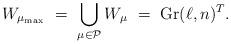
LaTeX: \begin{align*} W_{\mu_{\rm max}} \,\,=\,\, \bigcup_{\mu\in\mathcal{P}} W_{\mu}\,\,=\,\,\mathrm{Gr}(\ell,n)^T. \end{align*}